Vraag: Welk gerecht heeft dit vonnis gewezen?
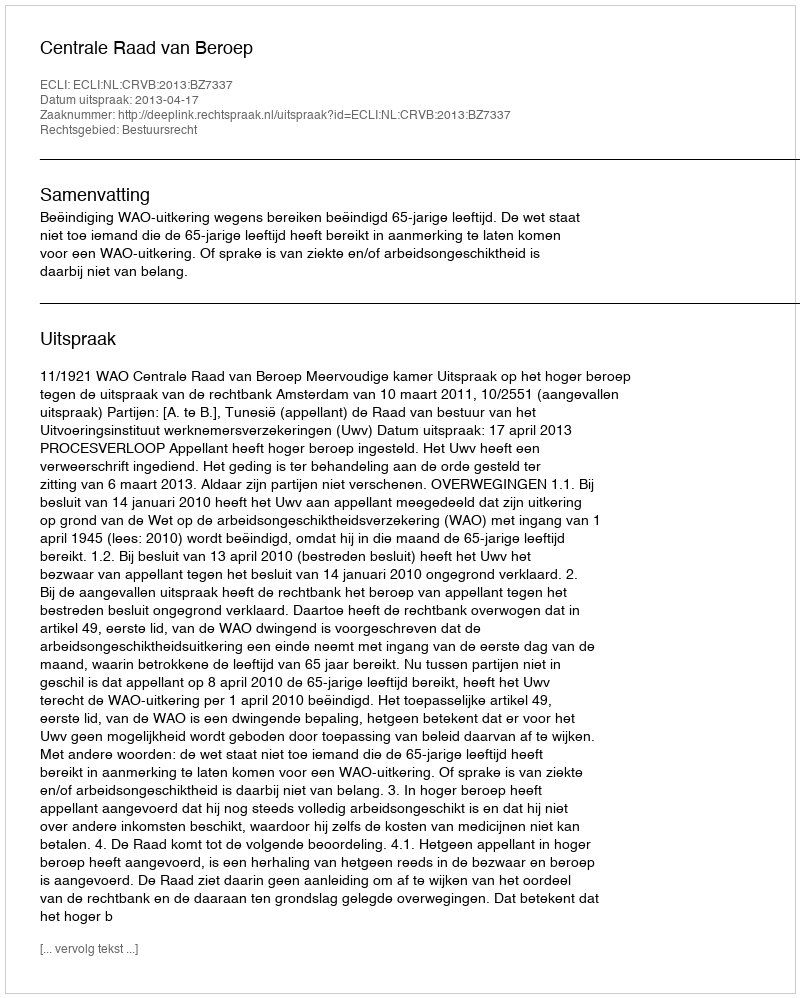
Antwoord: Centrale Raad van Beroep